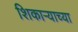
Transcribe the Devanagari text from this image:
शिकाऱ्याच्या